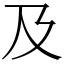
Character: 及